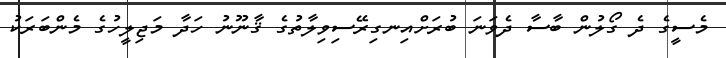
މެސީގެ ދެ ގޯލުން ބާސާ ދެވަނަ ބުރަށްއިނގިރޭސިވިލާތުގެ ޤާނޫނު ހަދާ މަޖިލީހުގެ މެންބަރަކު